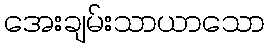
အေးချမ်းသာယာသော